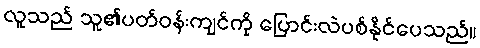
လူသည် သူ၏ပတ်ဝန်းကျင်ကို ပြောင်းလဲပစ်နိုင်ပေသည်။